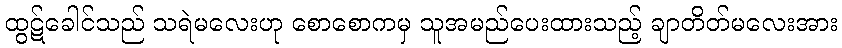
ထွဋ်ခေါင်သည် သရဲမလေးဟု စောစောကမှ သူအမည်ပေးထားသည့် ချာတိတ်မလေးအား